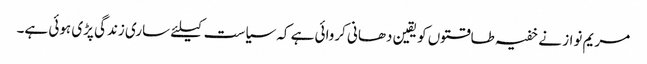
مریم نواز نے خفیہ طاقتوں کو یقین دھانی کروائی ہے کہ سیاست کیلئے ساری زندگی پڑی ہوئی ہے۔